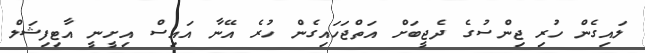
ލައިގެން ހުރި ޖިންސުގެ ދެޖީބަށް އަތްޖަހައިގެން ހުރެ އޭނާ އައިސް އިށީނީ އާޓިފިޝަލް